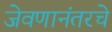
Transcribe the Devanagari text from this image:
जेवणानंतरचे